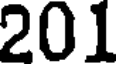
201